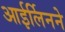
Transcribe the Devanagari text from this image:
आईर्लिनने